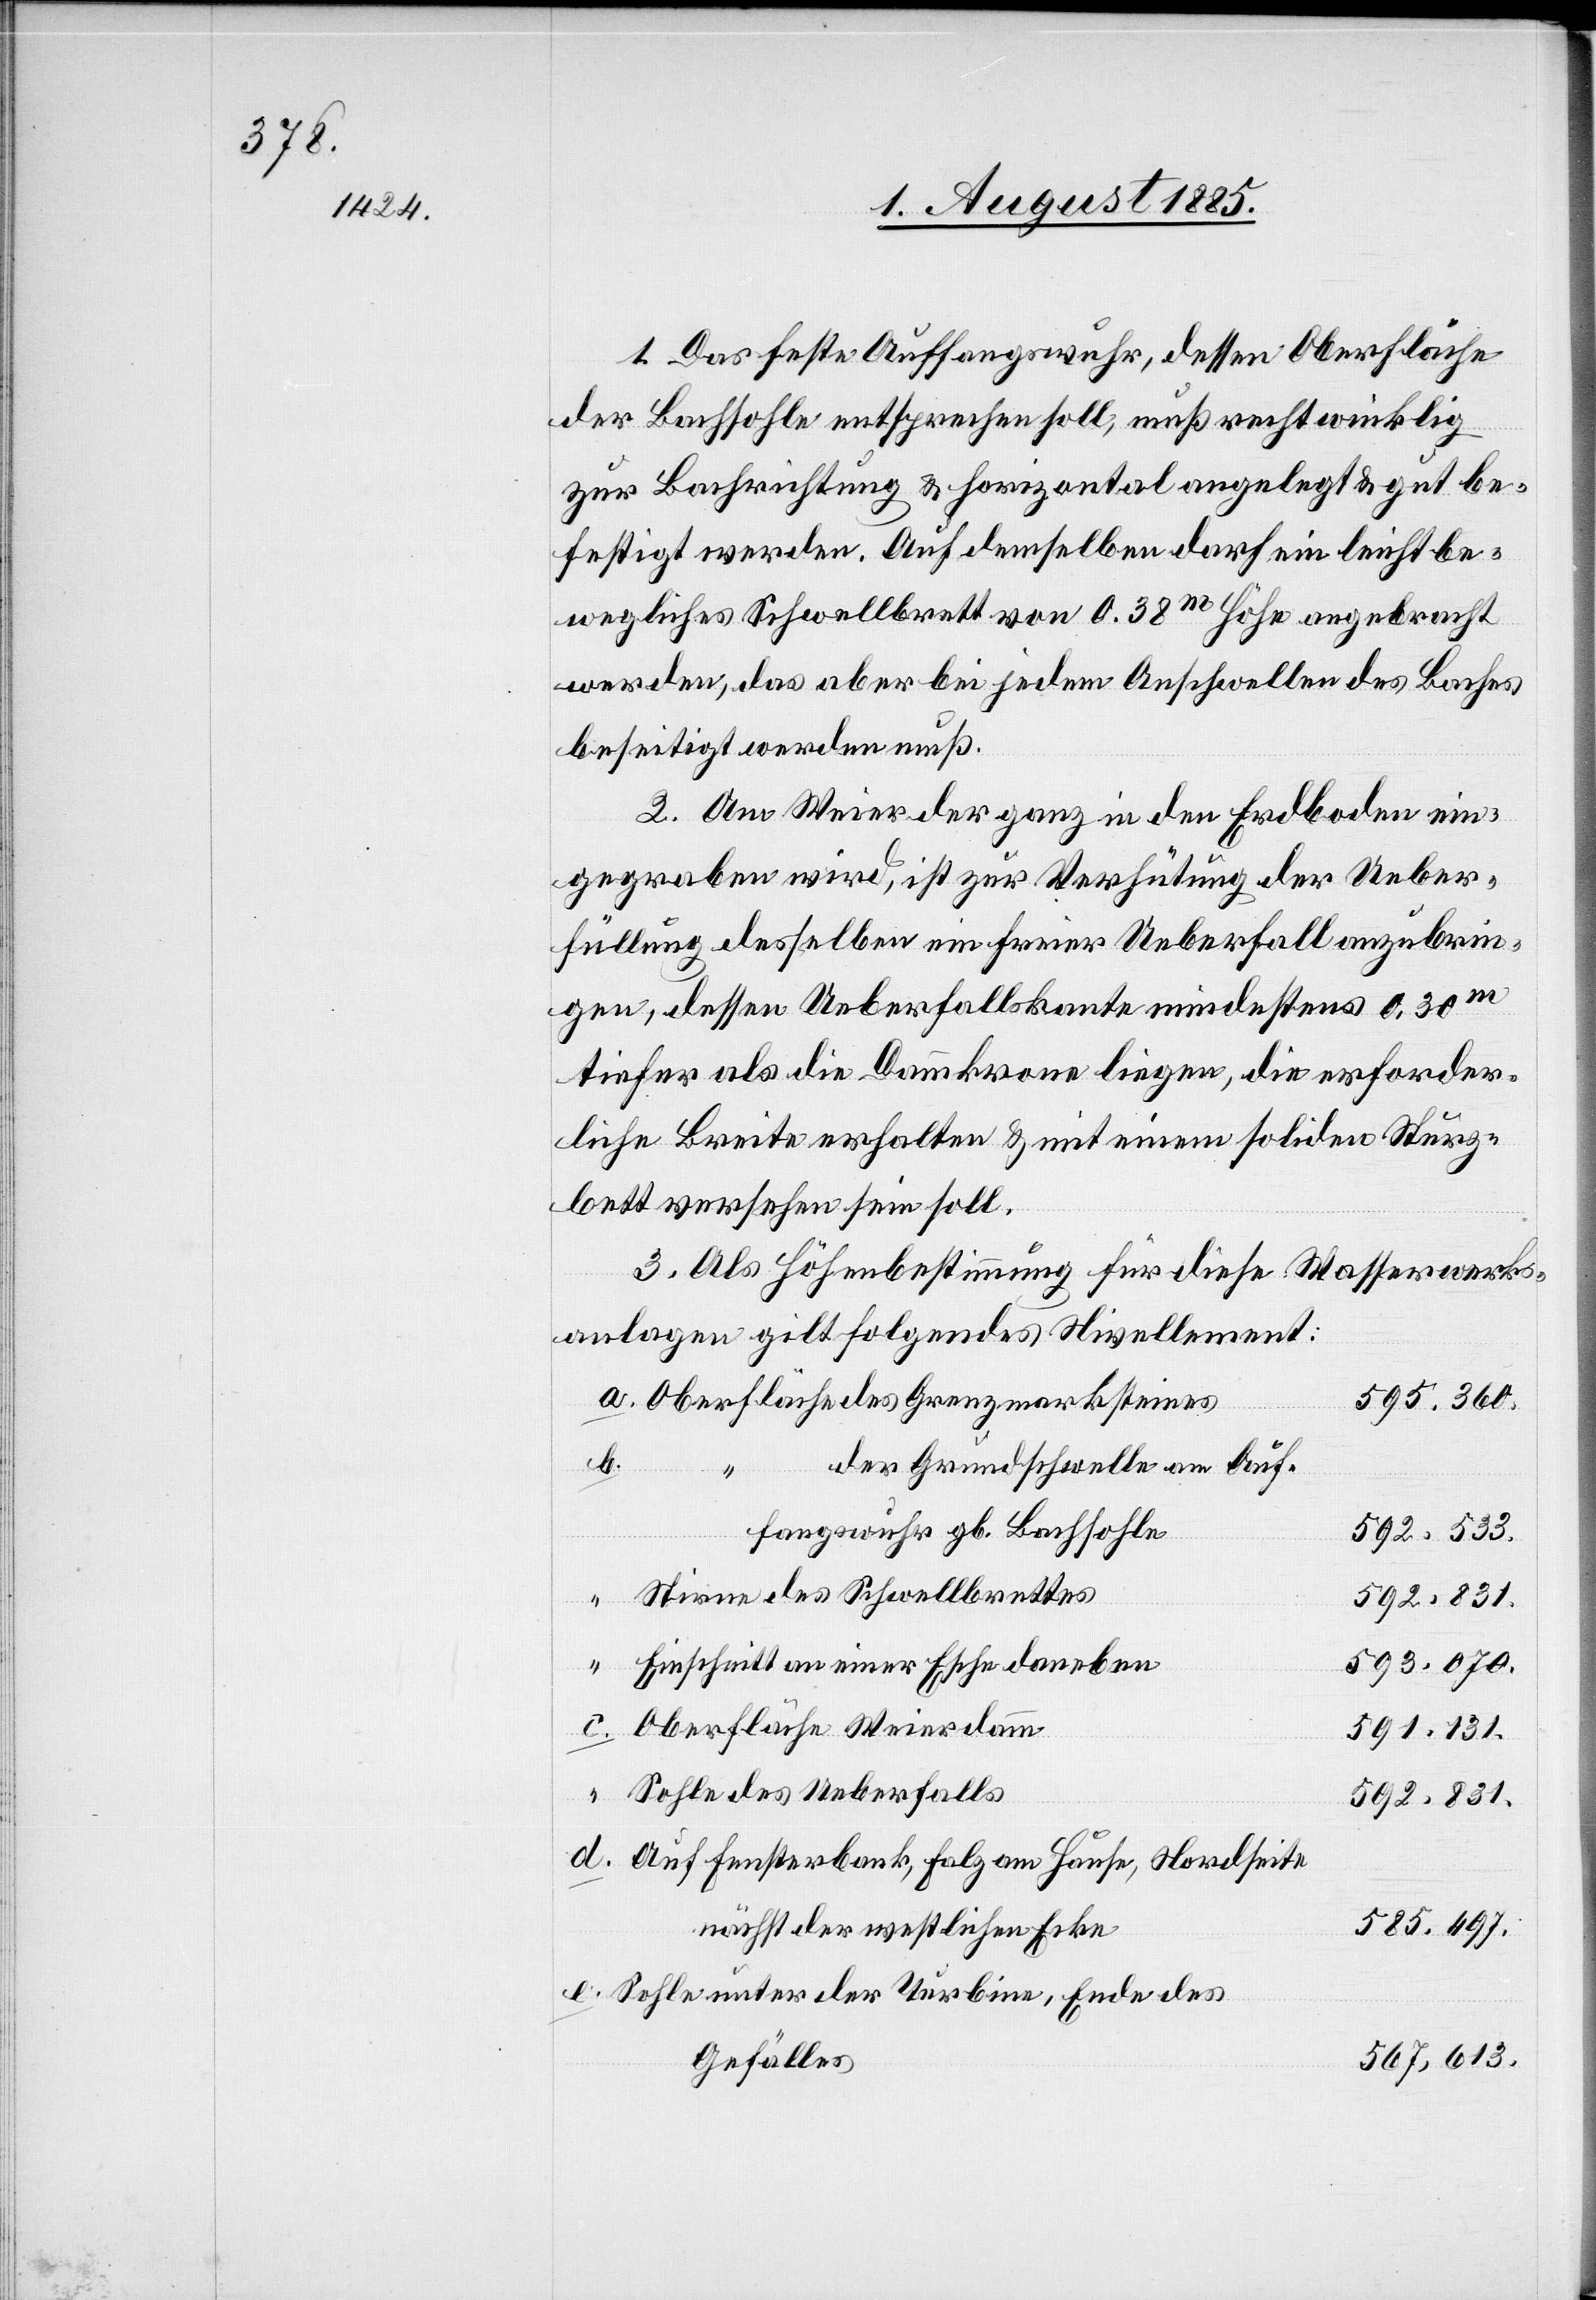
1. Das feste Auffangswuhr, dessen Oberfläche
der Bachsohle entsprechen soll, muß rechtwinklig
zur Bachrichtung & horizontal angelegt & gut be¬
festigt werden. Auf demselben darf ein leicht be¬
wegliches Schwellbrett von 0.38m Höhe angebracht
werden, das aber bei jedem Anschwellen des Baches
beseitigt werden muß.
2. Am Weier der ganz in den Erdboden ein¬
gegraben wird, ist zur Verhütung der Ueber¬
füllung desselben ein freier Ueberfall anzubrin¬
gen, dessen Ueberfallskante mindestens 0.30m
tiefer als die Dammkrone liegen, die erforder¬
liche Breite erhalten & mit einem soliden Sturz¬
bett versehen sein soll.
3. Als Höhenbestimmung für diese Wasserwerks¬
anlagen gilt folgendes Nivellement:
595.360.
des
b.
der Grundschwelle am Auf¬
steines
fangswuhr gb. Bachsohle
592.533.
Stirne des Schwellbrettes
e.
Einschnitt an einer Esche daneben
593.070.
Oberfläche Weierdamm
591.131.
Sohle des Ueberfalls
592.831.
Auf Fensterbank, Falz am Hause, Nordseite
585.497.
nächst der westlichen Ecke
Sohle unter der Turbine, Ende des
567,613.
Gefälles